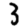
Digit: 3